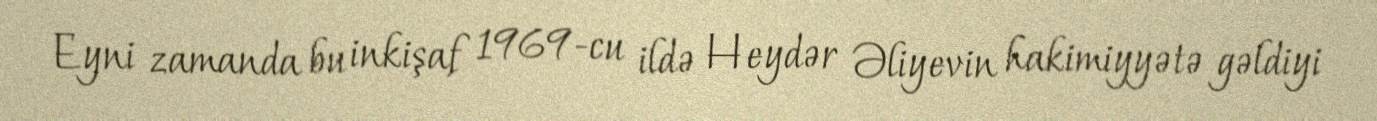
Eyni zamanda bu inkişaf 1969-cu ildə Heydər Əliyevin hakimiyyətə gəldiyi